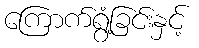
ကြောက်ရွံ့ခြင်းနှင့်